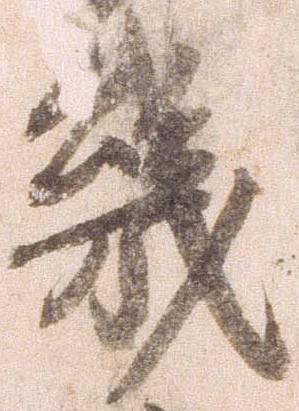
幾